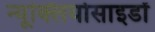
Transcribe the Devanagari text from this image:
न्यूक्लियोसाइडों